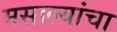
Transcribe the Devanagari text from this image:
मसाल्यांचा